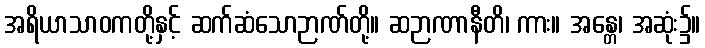
အရိယာသာဝကတို့နှင့် ဆက်ဆံသောဉာဏ်တို့။ ဆဉာဏာနီတိ၊ ကား။ အန္တေ၊ အဆုံး၌။